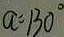
a = 1 3 0 ^ { \circ }